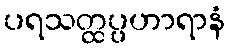
ပရသတ္ထပ္ပဟာရာနံ